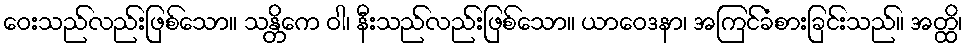
ဝေးသည်လည်းဖြစ်သော။ သန္တိကေ ဝါ၊ နီးသည်လည်းဖြစ်သော။ ယာဝေဒနာ၊ အကြင်ခံစားခြင်းသည်။ အတ္ထိ၊